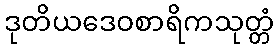
ဒုတိယဒေဝစာရိကသုတ္တံ